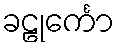
ခဠုင်္ကော